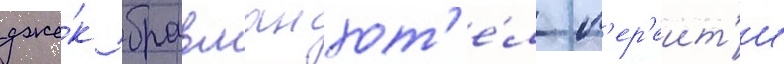
дже́к бравман хот'е́л п'ер'еит'и